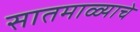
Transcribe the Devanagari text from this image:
सातमाळ्याचे